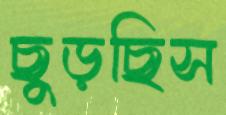
ছুড়ছিস